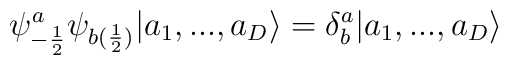
\psi^{a}_{-\frac{1}{2}} \psi_{b(\frac{1}{2})} |a_{1},...,a_{D} \rangle= \delta^{a}_{b} |a_{1},...,a_{D} \rangle